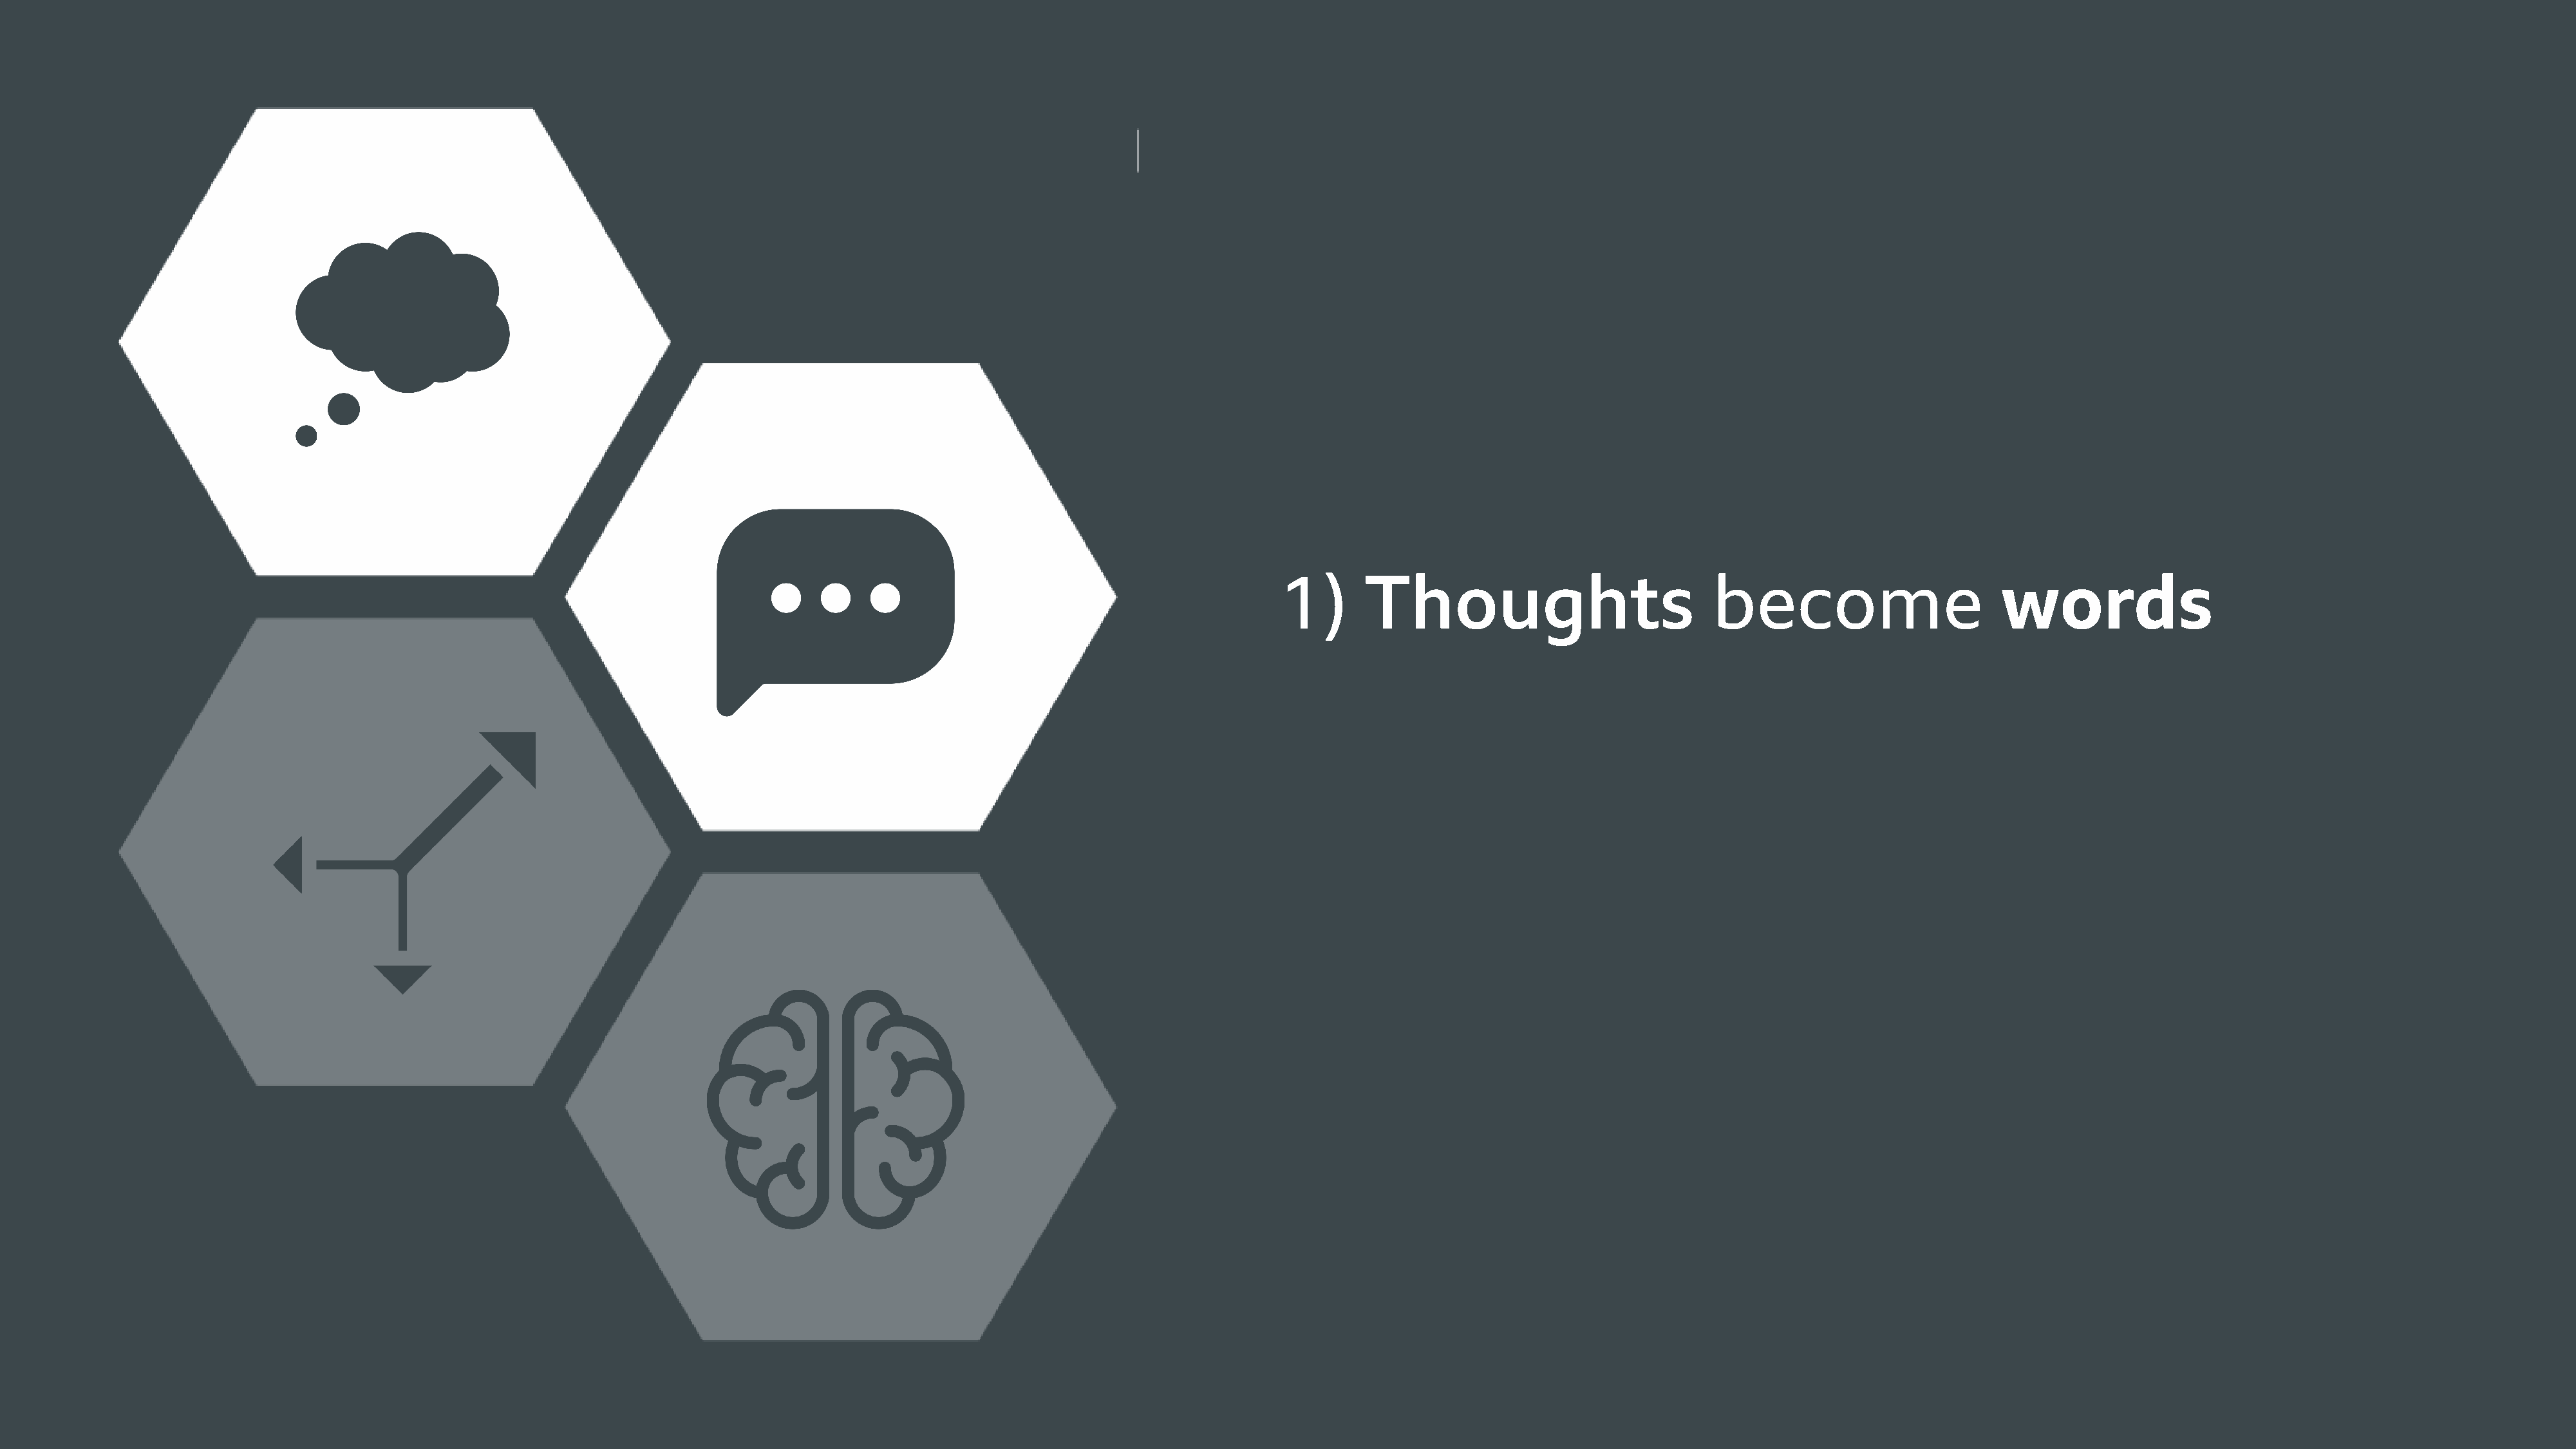
1)      Thoughts                            become                        words
 2)      Words                    become                       actions
 3)      Actions                      become                        habits